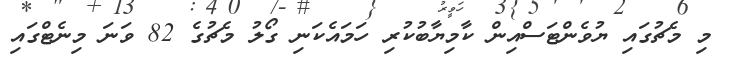
މި މެޗުގައި ޔުވެންޓަސްއިން ކާމިޔާބުކުރި ހަމައެކަނި ގޯލު މެޗުގެ 82 ވަނަ މިނެޓްގައި